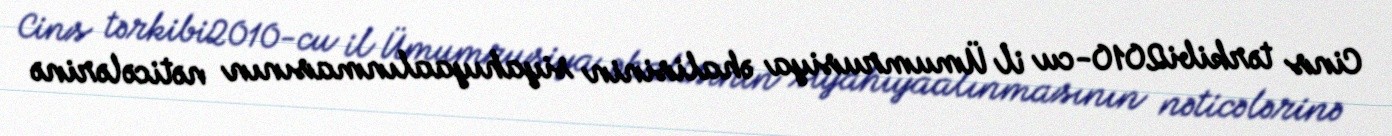
Cins tərkibi2010-cu il Ümumrusiya əhalisinin siyahıyaalınmasının nəticələrinə